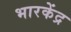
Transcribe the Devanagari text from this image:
भारकेंद्र